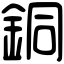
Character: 銅